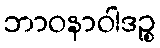
ဘာဝနာဝါဒဉ္စ